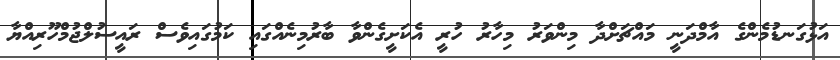
އަޅުގަނޑުމެންގެ އާމްދަނީ މައްޗަށްދާ މިންވަރު މިހާރު ހުރީ އެކަށީގެންވާ ބާރުމިނެއްގައި ކަމުގައިވެސް ރައީސުލްޖުމްހޫރިއްޔާ